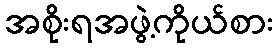
အစိုးရအဖွဲ့ကိုယ်စား